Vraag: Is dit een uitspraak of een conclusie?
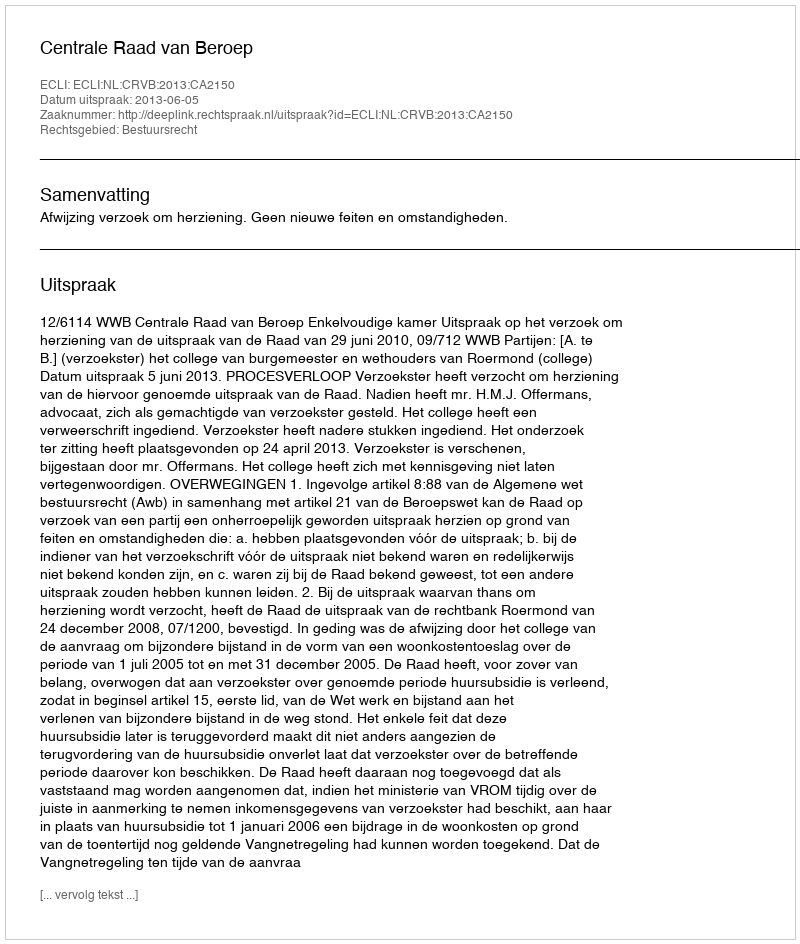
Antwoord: Uitspraak